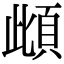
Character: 𩑽